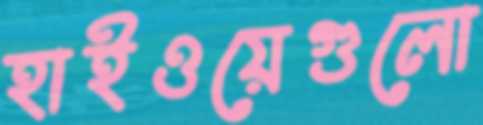
হাইওয়েগুলো